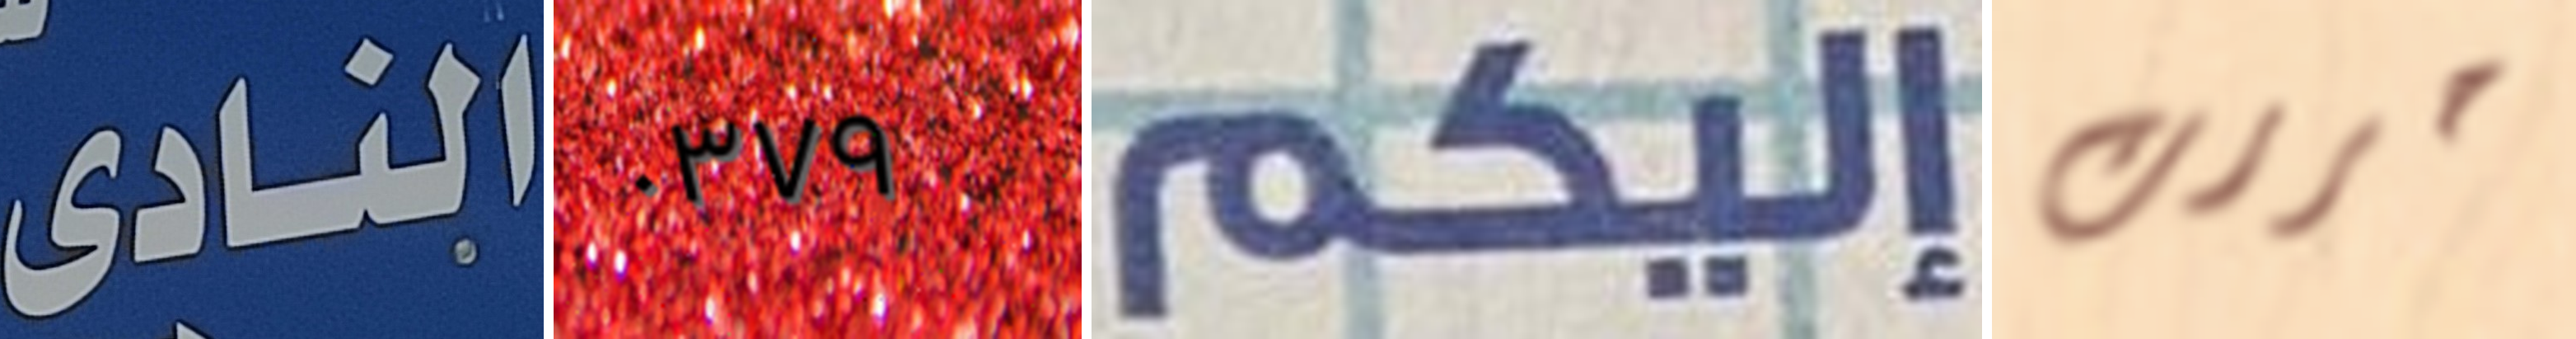
النادى ٠٣٧٩ إليكم حررت